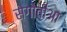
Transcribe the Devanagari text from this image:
सेगोवीआ